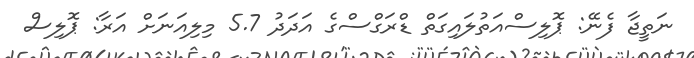
ނަތީޖާ ފެނޭ: ޕޮލިސްއަތުލައިގަތް ޑްރަގްސްގެ އަދަދު 5.7 މިލިއަނަށް އަރާ: ޕޮލިސް